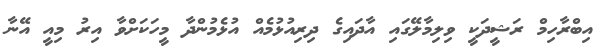
އިބްރާހިމް ރަޝީދަކީ ވިލިމާލޭގައި އާދައިގެ ދިރިއުޅުމެއް އުޅެމުންދާ މީހަކަށްވާ އިރު މިއީ އޭނާ